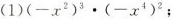
(1)$$(-x^{2})^{3}\cdot (-x^{4})^{2}$$;